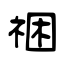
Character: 祵